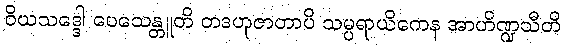
ဝိယသဒ္ဒေါ ပေသေန္တူတိ တဒဟုဇာတာပိ သမ္ပရာယိကေန အာဟိဏ္ဍသီတိ